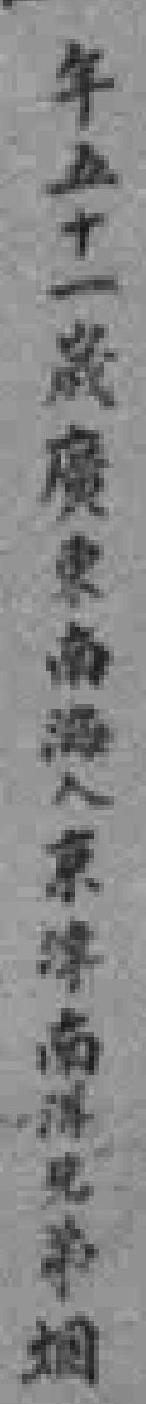
年五十一歲廣東南海人京津南洋兄弟烟